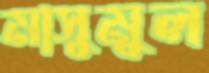
মাসুমুল